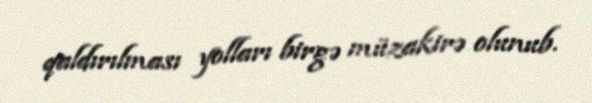
qaldırılması yolları birgə müzakirə olunub.